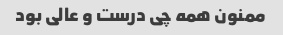
ممنون همه چی درست و عالی بود